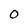
Character: O